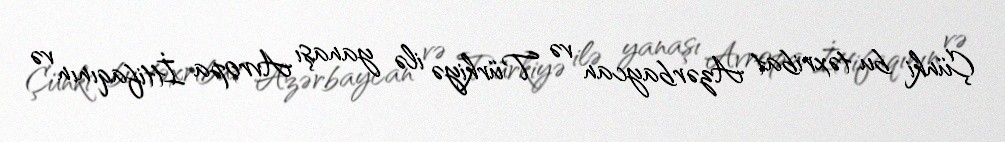
Çünki bu təxribat Azərbaycan və Türkiyə ilə yanaşı Avropa İttifaqının və